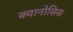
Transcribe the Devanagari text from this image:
क्यानोसिस